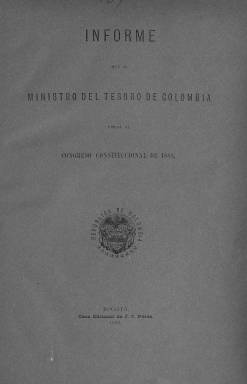
Título: Informe que el Ministro del Tesoro de Colombia dirige al Congreso Constitucional
Otros títulos: Informe del Ministro del Tesoro, <1888> || Título: Informe del Tesoro al Congreso, <1898,1891>
Colección: Economía || Anuarios e informes
Ámbito geográfico: Colombia
Lugar de publicación: Bogotá
Fechas: 01/01/1888-31/12/1888